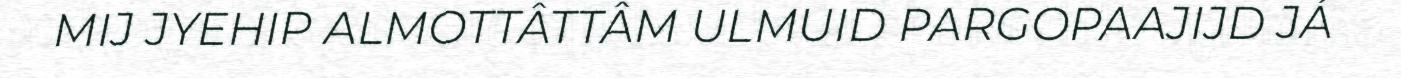
MIJ JYEHIP ALMOTTÂTTÂM ULMUID PARGOPAAJIJD JÁ